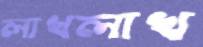
লাখলাখ